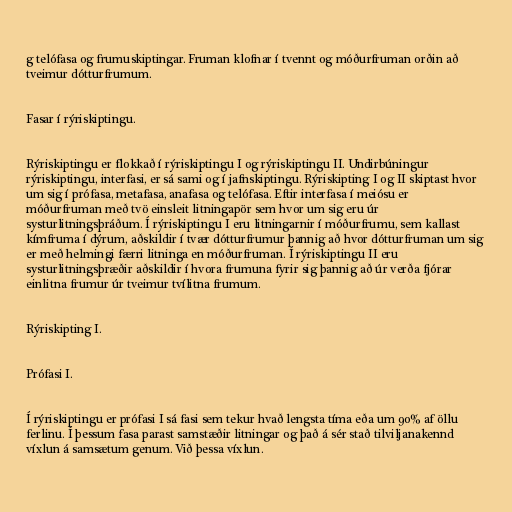
g telófasa og frumuskiptingar. Fruman klofnar í tvennt og móðurfruman orðin að
tveimur dótturfrumum.

Fasar í rýriskiptingu.

Rýriskiptingu er flokkað í rýriskiptingu I og rýriskiptingu II. Undirbúningur
rýriskiptingu, interfasi, er sá sami og í jafnskiptingu. Rýriskipting I og II skiptast hvor
um sig í prófasa, metafasa, anafasa og telófasa. Eftir interfasa í meiósu er
móðurfruman með tvö einsleit litningapör sem hvor um sig eru úr
systurlitningsþráðum. Í rýriskiptingu I eru litningarnir í móðurfrumu, sem kallast
kímfruma í dýrum, aðskildir í tvær dótturfrumur þannig að hvor dótturfruman um sig
er með helmingi færri litninga en móðurfruman. Í rýriskiptingu II eru
systurlitningsþræðir aðskildir í hvora frumuna fyrir sig þannig að úr verða fjórar
einlitna frumur úr tveimur tvílitna frumum.

Rýriskipting I.

Prófasi I.

Í rýriskiptingu er prófasi I sá fasi sem tekur hvað lengsta tíma eða um 90% af öllu
ferlinu. Í þessum fasa parast samstæðir litningar og það á sér stað tilviljanakennd
víxlun á samsætum genum. Við þessa víxlun.